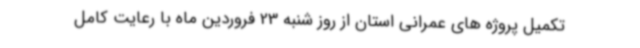
تکمیل پروژه های عمرانی استان از روز شنبه 23 فروردین ماه با رعایت کامل